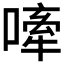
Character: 𫫣